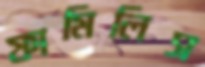
ফামিলিস